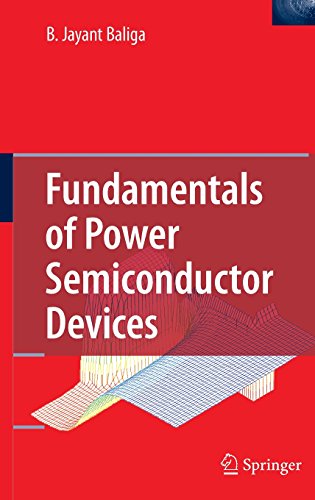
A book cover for Fundamentals of Power Semiconductor Devices; B. Jayant Baliga; Science & Math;